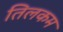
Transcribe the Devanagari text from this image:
तिलकम